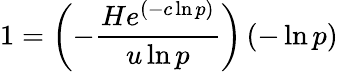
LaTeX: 1=\left(-\frac{He^{(-c\ln p)}}{u\ln p}\right)\left(-\ln p\right)